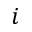
i